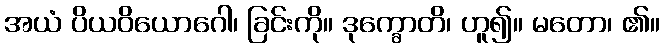
အယံ ပိယဝိယောဂေါ၊ ခြင်းကို။ ဒုက္ခောတိ၊ ဟူ၍။ မတော၊ ၏။